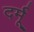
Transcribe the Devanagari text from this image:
दर्मू